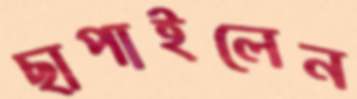
ছাপাইলেন